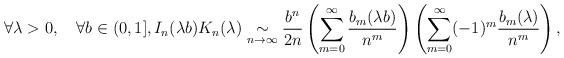
LaTeX: \begin{align*}\forall\lambda>0,\quad\forall b\in(0,1],I_{n}(\lambda b)K_{n}(\lambda)\underset{n\rightarrow\infty}{\sim}\frac{b^{n}}{2n}\left(\sum_{m=0}^{\infty}\frac{b_{m}(\lambda b)}{n^{m}}\right)\left(\sum_{m=0}^{\infty}(-1)^{m}\frac{b_{m}(\lambda)}{n^{m}}\right),\end{align*}